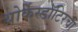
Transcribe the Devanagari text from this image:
थोर्केस्डॉटिरचा